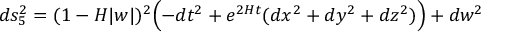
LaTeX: d s _ { 5 } ^ { 2 } = ( 1 - H | w | ) ^ { 2 } \Bigl ( - d t ^ { 2 } + e ^ { 2 H t } ( d x ^ { 2 } + d y ^ { 2 } + d z ^ { 2 } ) \Bigr ) + d w ^ { 2 }